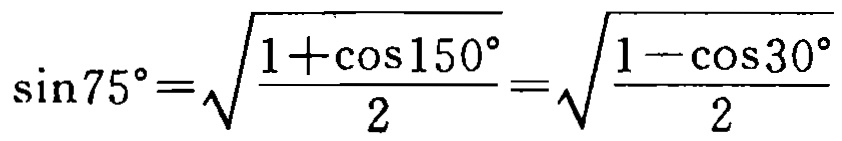
\(\sin75^{\circ}=\sqrt{\frac{1 + \cos150^{\circ}}{2}}=\sqrt{\frac{1 - \cos30^{\circ}}{2}}\)